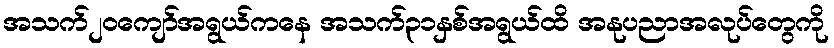
အသက်၂၀ကျော်အရွယ်ကနေ အသက်၃၁နှစ်အရွယ်ထိ အနုပညာအလုပ်တွေကို